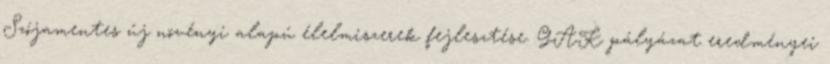
Szójamentes új növényi alapú élelmiszerek fejlesztése. GAK pályázat eredményei